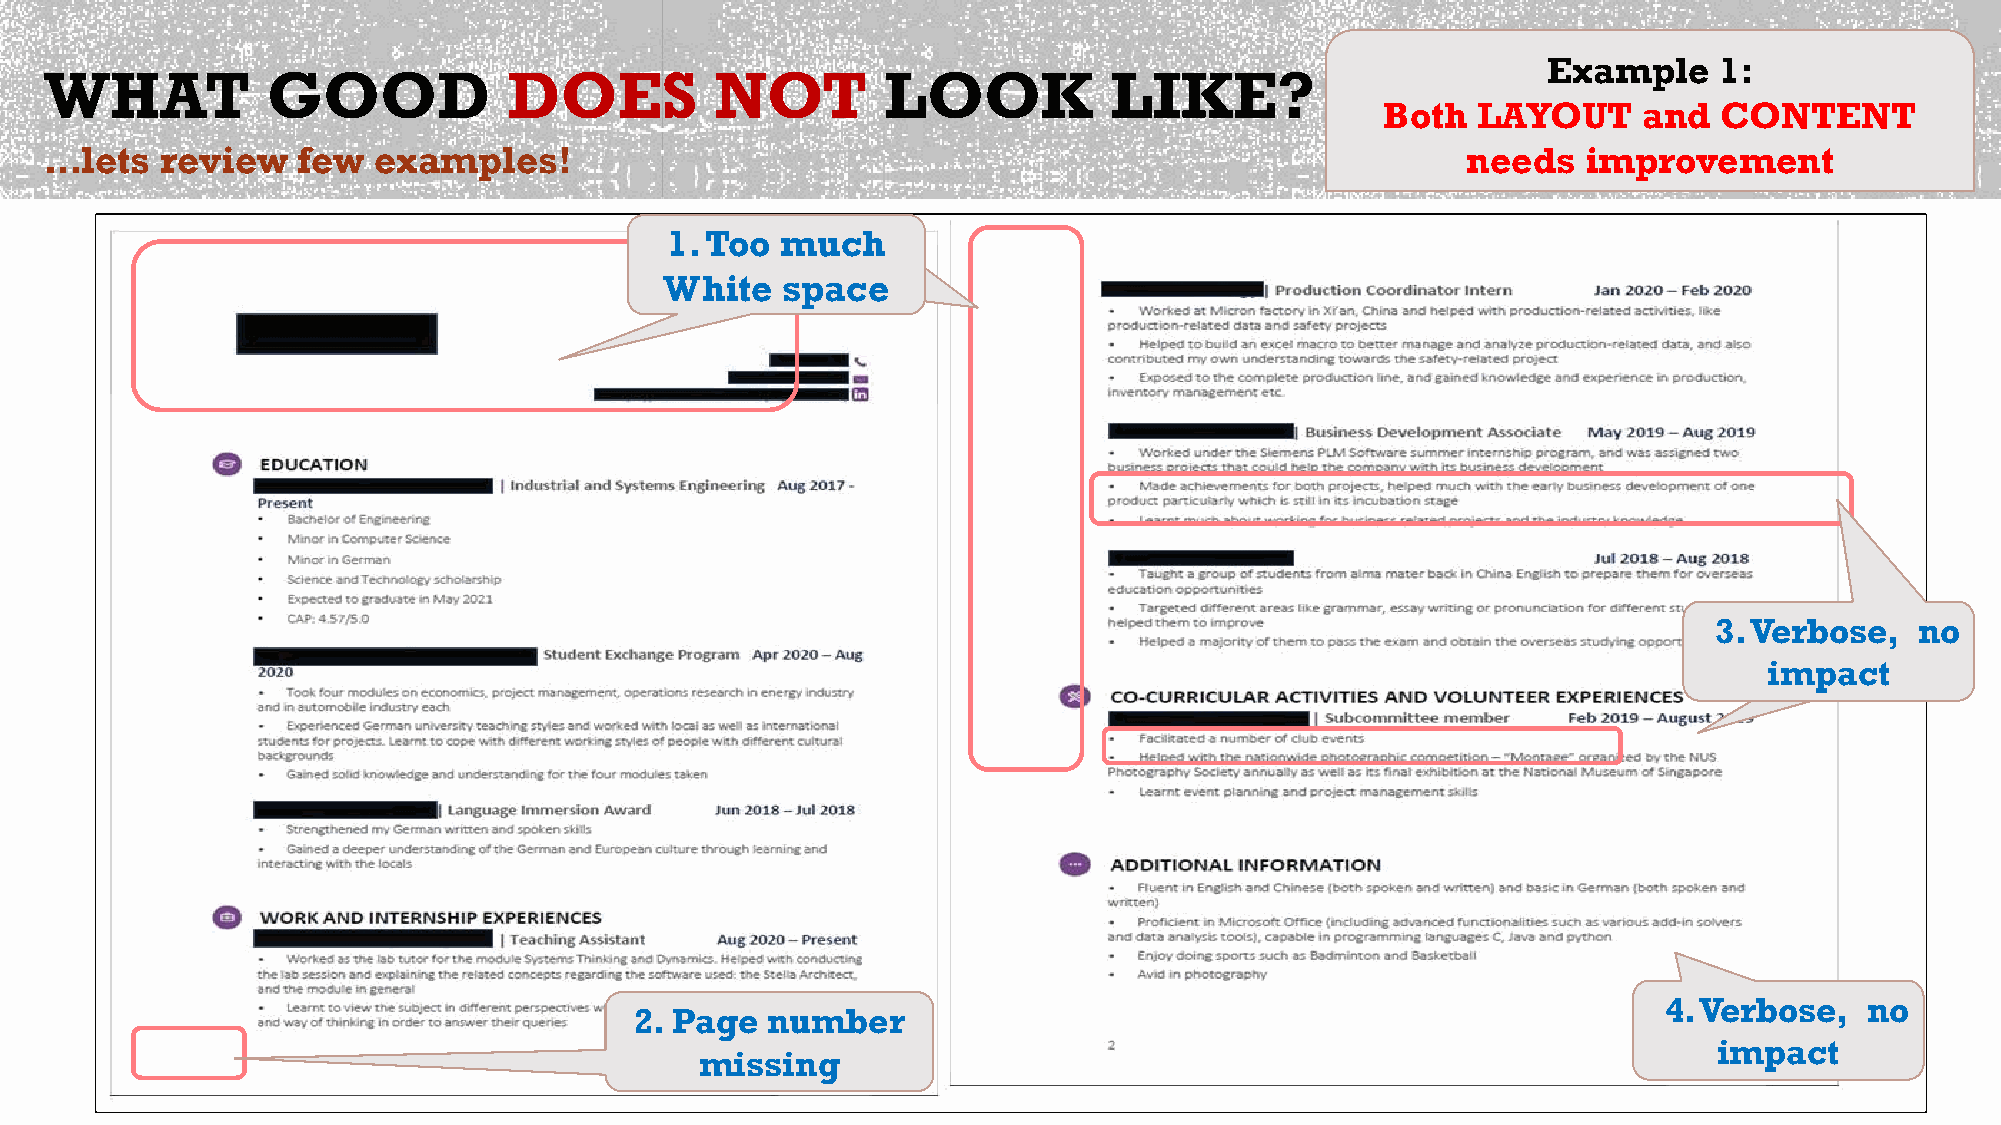
Example     1:
 WHAT           GOOD            DOES         NOT        LOOK           LIKE?
 Both  LAYOUT     and  CONTENT
 …lets   review   few  examples!                                                               needs   improvement
 1. Too  much
 White   space
 3. Verbose,   no
 impact
 4. Verbose,   no
 2. Page  number
 impact
 missing